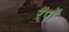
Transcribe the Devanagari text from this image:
रैंपों